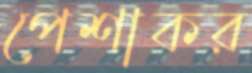
পেশাকর